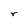
Character: r